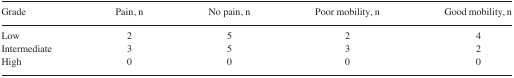
| Grade | Pain, n | No pain, n | Poor mobility, n | Good mobility, n |
 | --- | --- | --- | --- | --- |
 | Low | 2 | 5 | 2 | 4 |
 | Intermediate | 3 | 5 | 3 | 2 |
 | High | 0 | 0 | 0 | 0 |